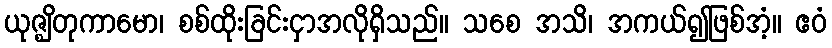
ယုဇ္ဈိတုကာမော၊ စစ်ထိုးခြင်းငှာအလိုရှိသည်။ သစေ အသိ၊ အကယ်၍ဖြစ်အံ့။ ဧဝံ